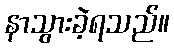
နာသွားခဲ့ရသည်။